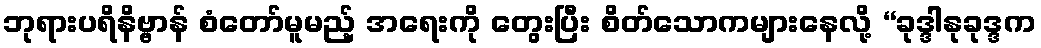
ဘုရားပရိနိဗ္ဗာန် စံတော်မူမည့် အရေးကို တွေးပြီး စိတ်သောကများနေလို့ “ခုဒ္ဒါနုခုဒ္ဒက